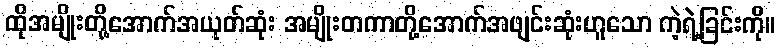
ထိုအမျိုးတို့အောက်အယုတ်ဆုံး အမျိုးတကာတို့အောက်အဖျင်းဆုံးဟူသော ကဲ့ရဲ့ခြင်းကို။